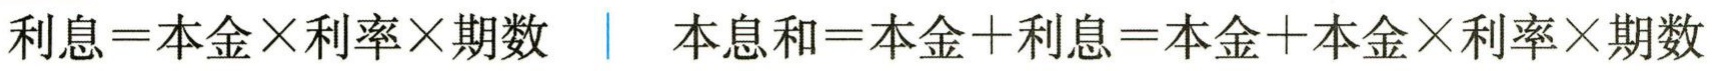
利息=本金×利率×期数 \quad 本息和=本金+利息=本金+本金×利率×期数